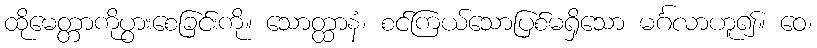
ထိုမေတ္တာကိုပွားစေခြင်းကို။ သောတ္ထာနံ၊ စင်ကြယ်သောပြစ်မရှိသော မင်္ဂလာဟူ၍။ ဝေ၊